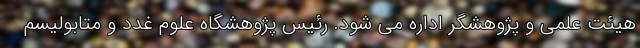
هیئت علمی و پژوهشگر اداره می شود. رئیس پژوهشگاه علوم غدد و متابولیسم